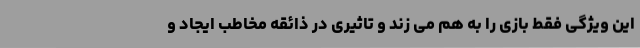
این ویژگی فقط بازی را به هم می زند و تاثیری در ذائقه مخاطب ایجاد و